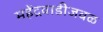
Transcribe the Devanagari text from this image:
महेंद्रवाडीजवळ